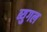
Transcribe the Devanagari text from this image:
ब्युगल